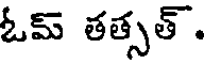
ఓమ్ తత్సత్.